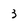
Character: 3